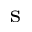
_ \mathrm { s }